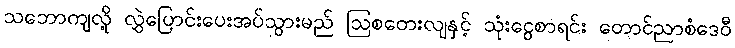
သဘောကျလို့ လွှဲပြောင်းပေးအပ်သွားမည် ဩစတေးလျနှင့် သုံးငွေစာရင်း တောင်ညာစံဒေဝီ